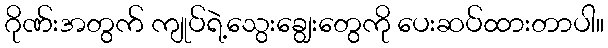
ဂိုဏ်းအတွက် ကျုပ်ရဲ့သွေးချွေးတွေကို ပေးဆပ်ထားတာပါ။